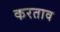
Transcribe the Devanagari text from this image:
करताव